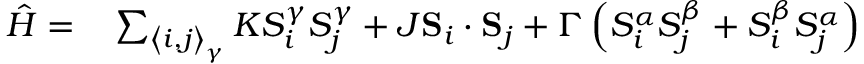
\begin{array} { r l } { \hat { H } = } & { { } \sum _ { \left\langle i , j \right\rangle _ { \gamma } } K S _ { i } ^ { \gamma } S _ { j } ^ { \gamma } + J \mathbf { S } _ { i } \cdot \mathbf { S } _ { j } + \Gamma \left( S _ { i } ^ { \alpha } S _ { j } ^ { \beta } + S _ { i } ^ { \beta } S _ { j } ^ { \alpha } \right) } \end{array}